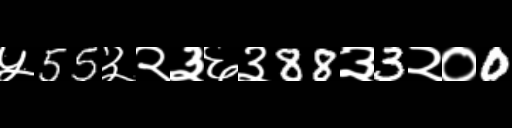
Text: ५55३२३६३88३3२०0